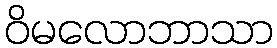
ဝိမလောဘာသာ